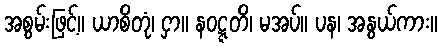
အစွမ်းဖြင့်။ ယာစိတုံ၊ ငှာ။ နဝဋ္ဋတိ၊ မအပ်။ ပန၊ အနွယ်ကား။